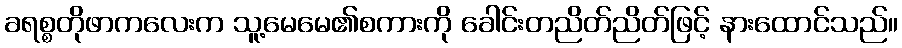
ခရစ္စတိုဖာကလေးက သူ့မေမေ၏စကားကို ခေါင်းတညိတ်ညိတ်ဖြင့် နားထောင်သည်။